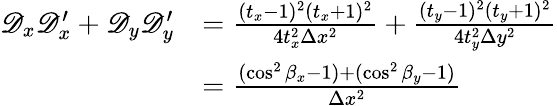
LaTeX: \begin{array}{rl}{\mathscr D_{x}\mathscr D_{x}^{\prime}+\mathscr D_{y}\mathscr D_{y}^{\prime}}&{=\frac{(t_{x}-1)^{2}(t_{x}+1)^{2}}{4t_{x}^{2}\Delta x^{2}}+\frac{(t_{y}-1)^{2}(t_{y}+1)^{2}}{4t_{y}^{2}\Delta y^{2}}}\\ &{=\frac{(\cos^{2}\beta_{x}-1)+(\cos^{2}\beta_{y}-1)}{\Delta x^{2}}}\end{array}